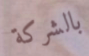
بالشركة